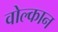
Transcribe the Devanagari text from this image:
वोल्कान